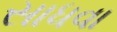
સાધવા